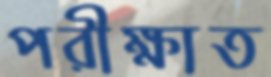
পরীক্ষাত